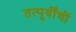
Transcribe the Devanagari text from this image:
तत्पूर्वींचीं